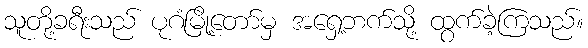
သူတို့ခရီးသည် ပုဂံမြို့တော်မှ အရှေ့ဘက်သို့ ထွက်ခဲ့ကြသည်။